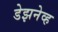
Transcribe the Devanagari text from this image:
डेझनेव्ह